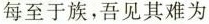
每至于族，吾见其难为